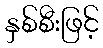
နှစ်စီးဖြင့်